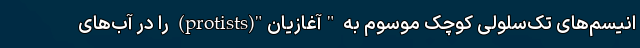
انیسم‌های تک‌سلولی کوچک موسوم به "آغازیان"(protists) را در آب‌های